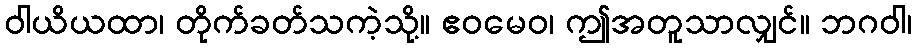
ဝါယိယထာ၊ တိုက်ခတ်သကဲ့သို့။ ဧဝမေဝ၊ ဤအတူသာလျှင်။ ဘဂဝါ၊